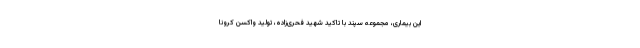
این بیماری، مجموعه سپند با تاکید شهید فحری‌زاده، تولید واکسن کرونا